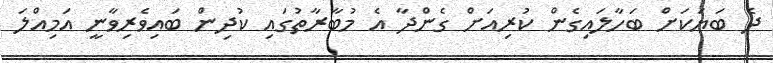
ދެ ބަޔަކަށް ބަހާލައިގެން ކުރިއަށް ގެންދާ އެ މުބާރާތުގައި ކުދިން ބައިވެރިވާނީ އަމިއްލަ